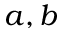
a , b